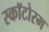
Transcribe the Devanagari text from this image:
स्कॉटोरम